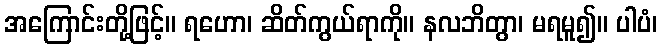
အကြောင်းတို့ဖြင့်။ ရဟော၊ ဆိတ်ကွယ်ရာကို။ နလဘိတွာ၊ မရမူ၍။ ပါပံ၊